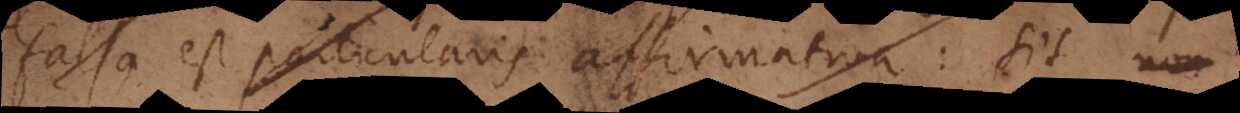
falsa est particularis affirmativa: Sit non